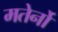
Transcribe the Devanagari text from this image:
मतेर्नो